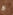
و